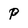
Character: P